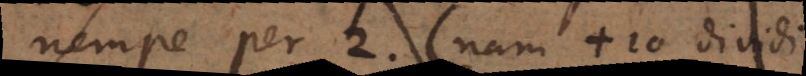
nempe per 2 (nam +10 dividi